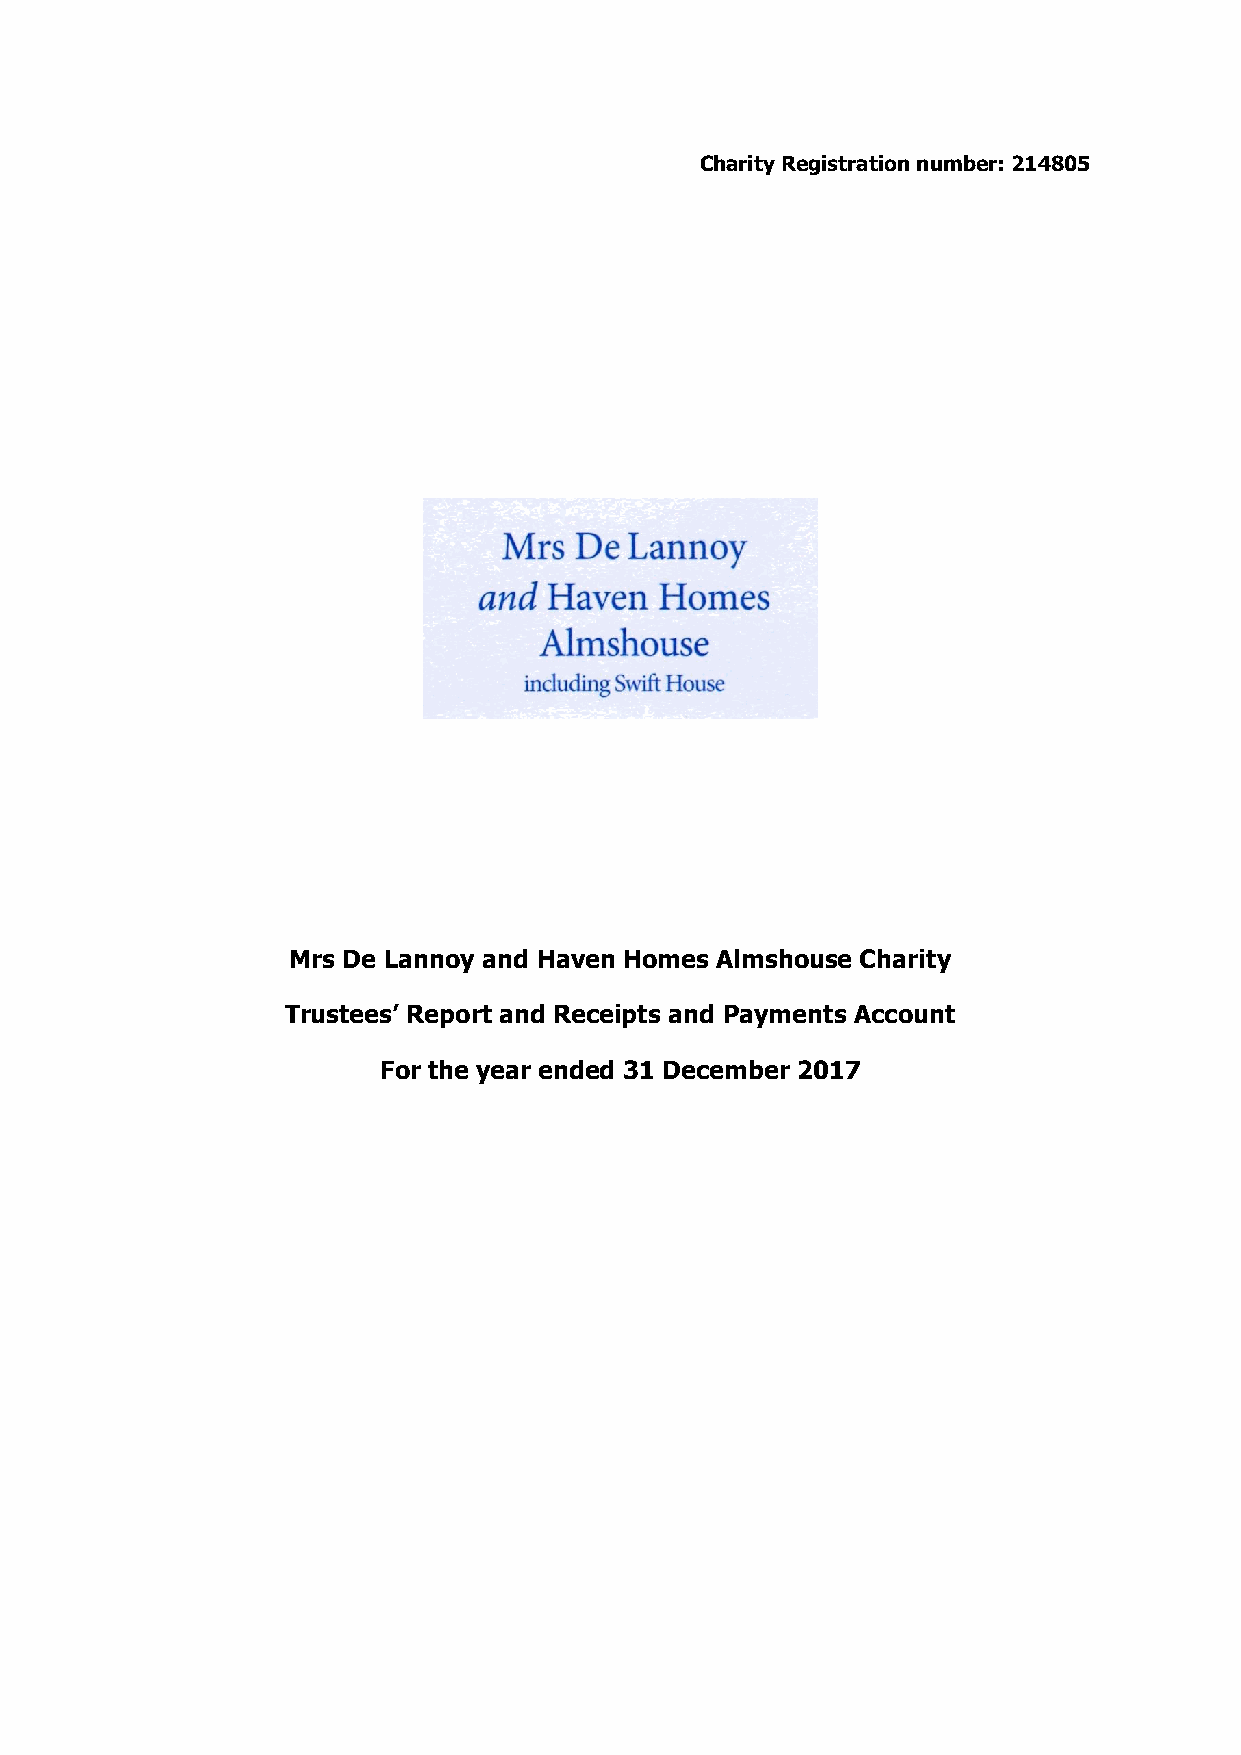
Charity Registration number: 214805
 Mrs De Lannoy and Haven Homes Almshouse Charity
 Trustees’ Report and Receipts and Payments Account
 For the year ended 31 December 2017